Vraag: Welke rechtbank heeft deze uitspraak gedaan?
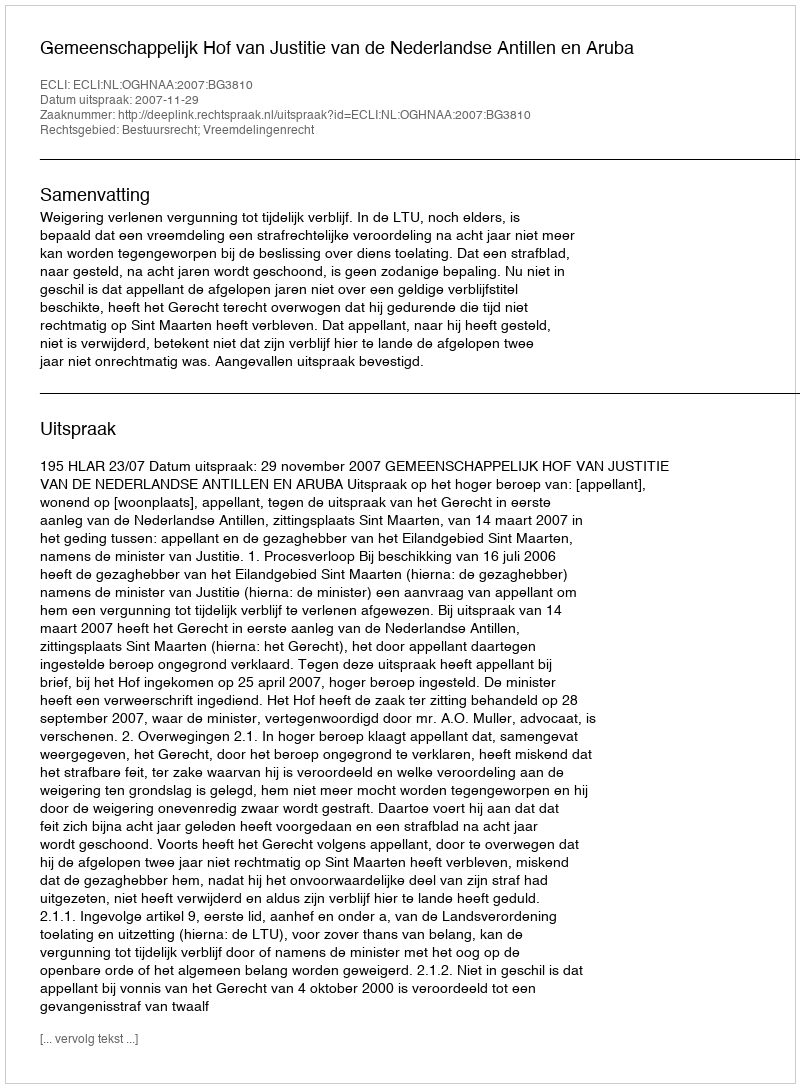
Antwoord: Gemeenschappelijk Hof van Justitie van de Nederlandse Antillen en Aruba